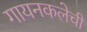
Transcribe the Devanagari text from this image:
गायनकलेची